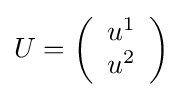
U=\left({\begin{array}{c}u^{1}\\u^{2}\end{array}}\right)